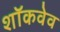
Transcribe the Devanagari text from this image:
शॉकवेव